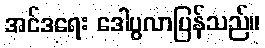
အင်ဒရေး ဒေါပွလာပြန်သည်။